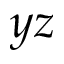
y z